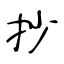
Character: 抄